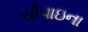
ચૌપાઇના